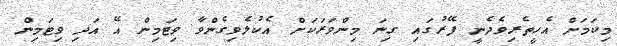
މިކަމަށް އެހީތެރިވެދެނީ ފޭރުގައި ގިނަ މިންވަރަކަށް އެކުލެވިގެންވާ ވިޓަމިން އޭ އަދި ވިޓަމިން